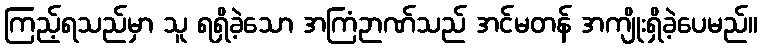
ကြည့်ရသည်မှာ သူ ရရှိခဲ့သော အကြံဉာဏ်သည် အင်မတန် အကျိုးရှိခဲ့ပေမည်။